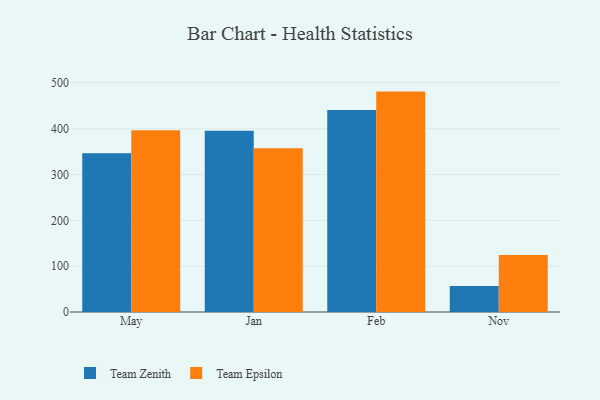
{"axis": {"x": "Month", "y": "Budget (USD K)"}, "legend": ["Team Epsilon", "Team Zenith"], "data": [{"x": "May", "y": 346.3, "type": "Team Zenith"}, {"x": "May", "y": 396.6, "type": "Team Epsilon"}, {"x": "Jan", "y": 395.4, "type": "Team Zenith"}, {"x": "Jan", "y": 357.3, "type": "Team Epsilon"}, {"x": "Feb", "y": 440.7, "type": "Team Zenith"}, {"x": "Feb", "y": 481.1, "type": "Team Epsilon"}, {"x": "Nov", "y": 56.6, "type": "Team Zenith"}, {"x": "Nov", "y": 124.6, "type": "Team Epsilon"}]}